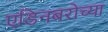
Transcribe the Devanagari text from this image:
एडिनबरोच्या